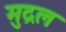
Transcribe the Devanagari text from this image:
मुद्रल